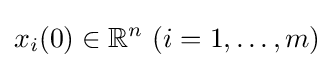
x_{i}(0)\in \mathbb {R} ^{n}~(i=1,\ldots ,m)